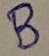
Text: B